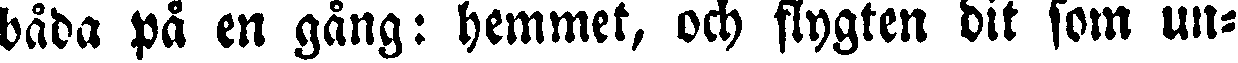
bada på en gång: hemmet, och flygten dit som un-